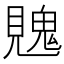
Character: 𮗙